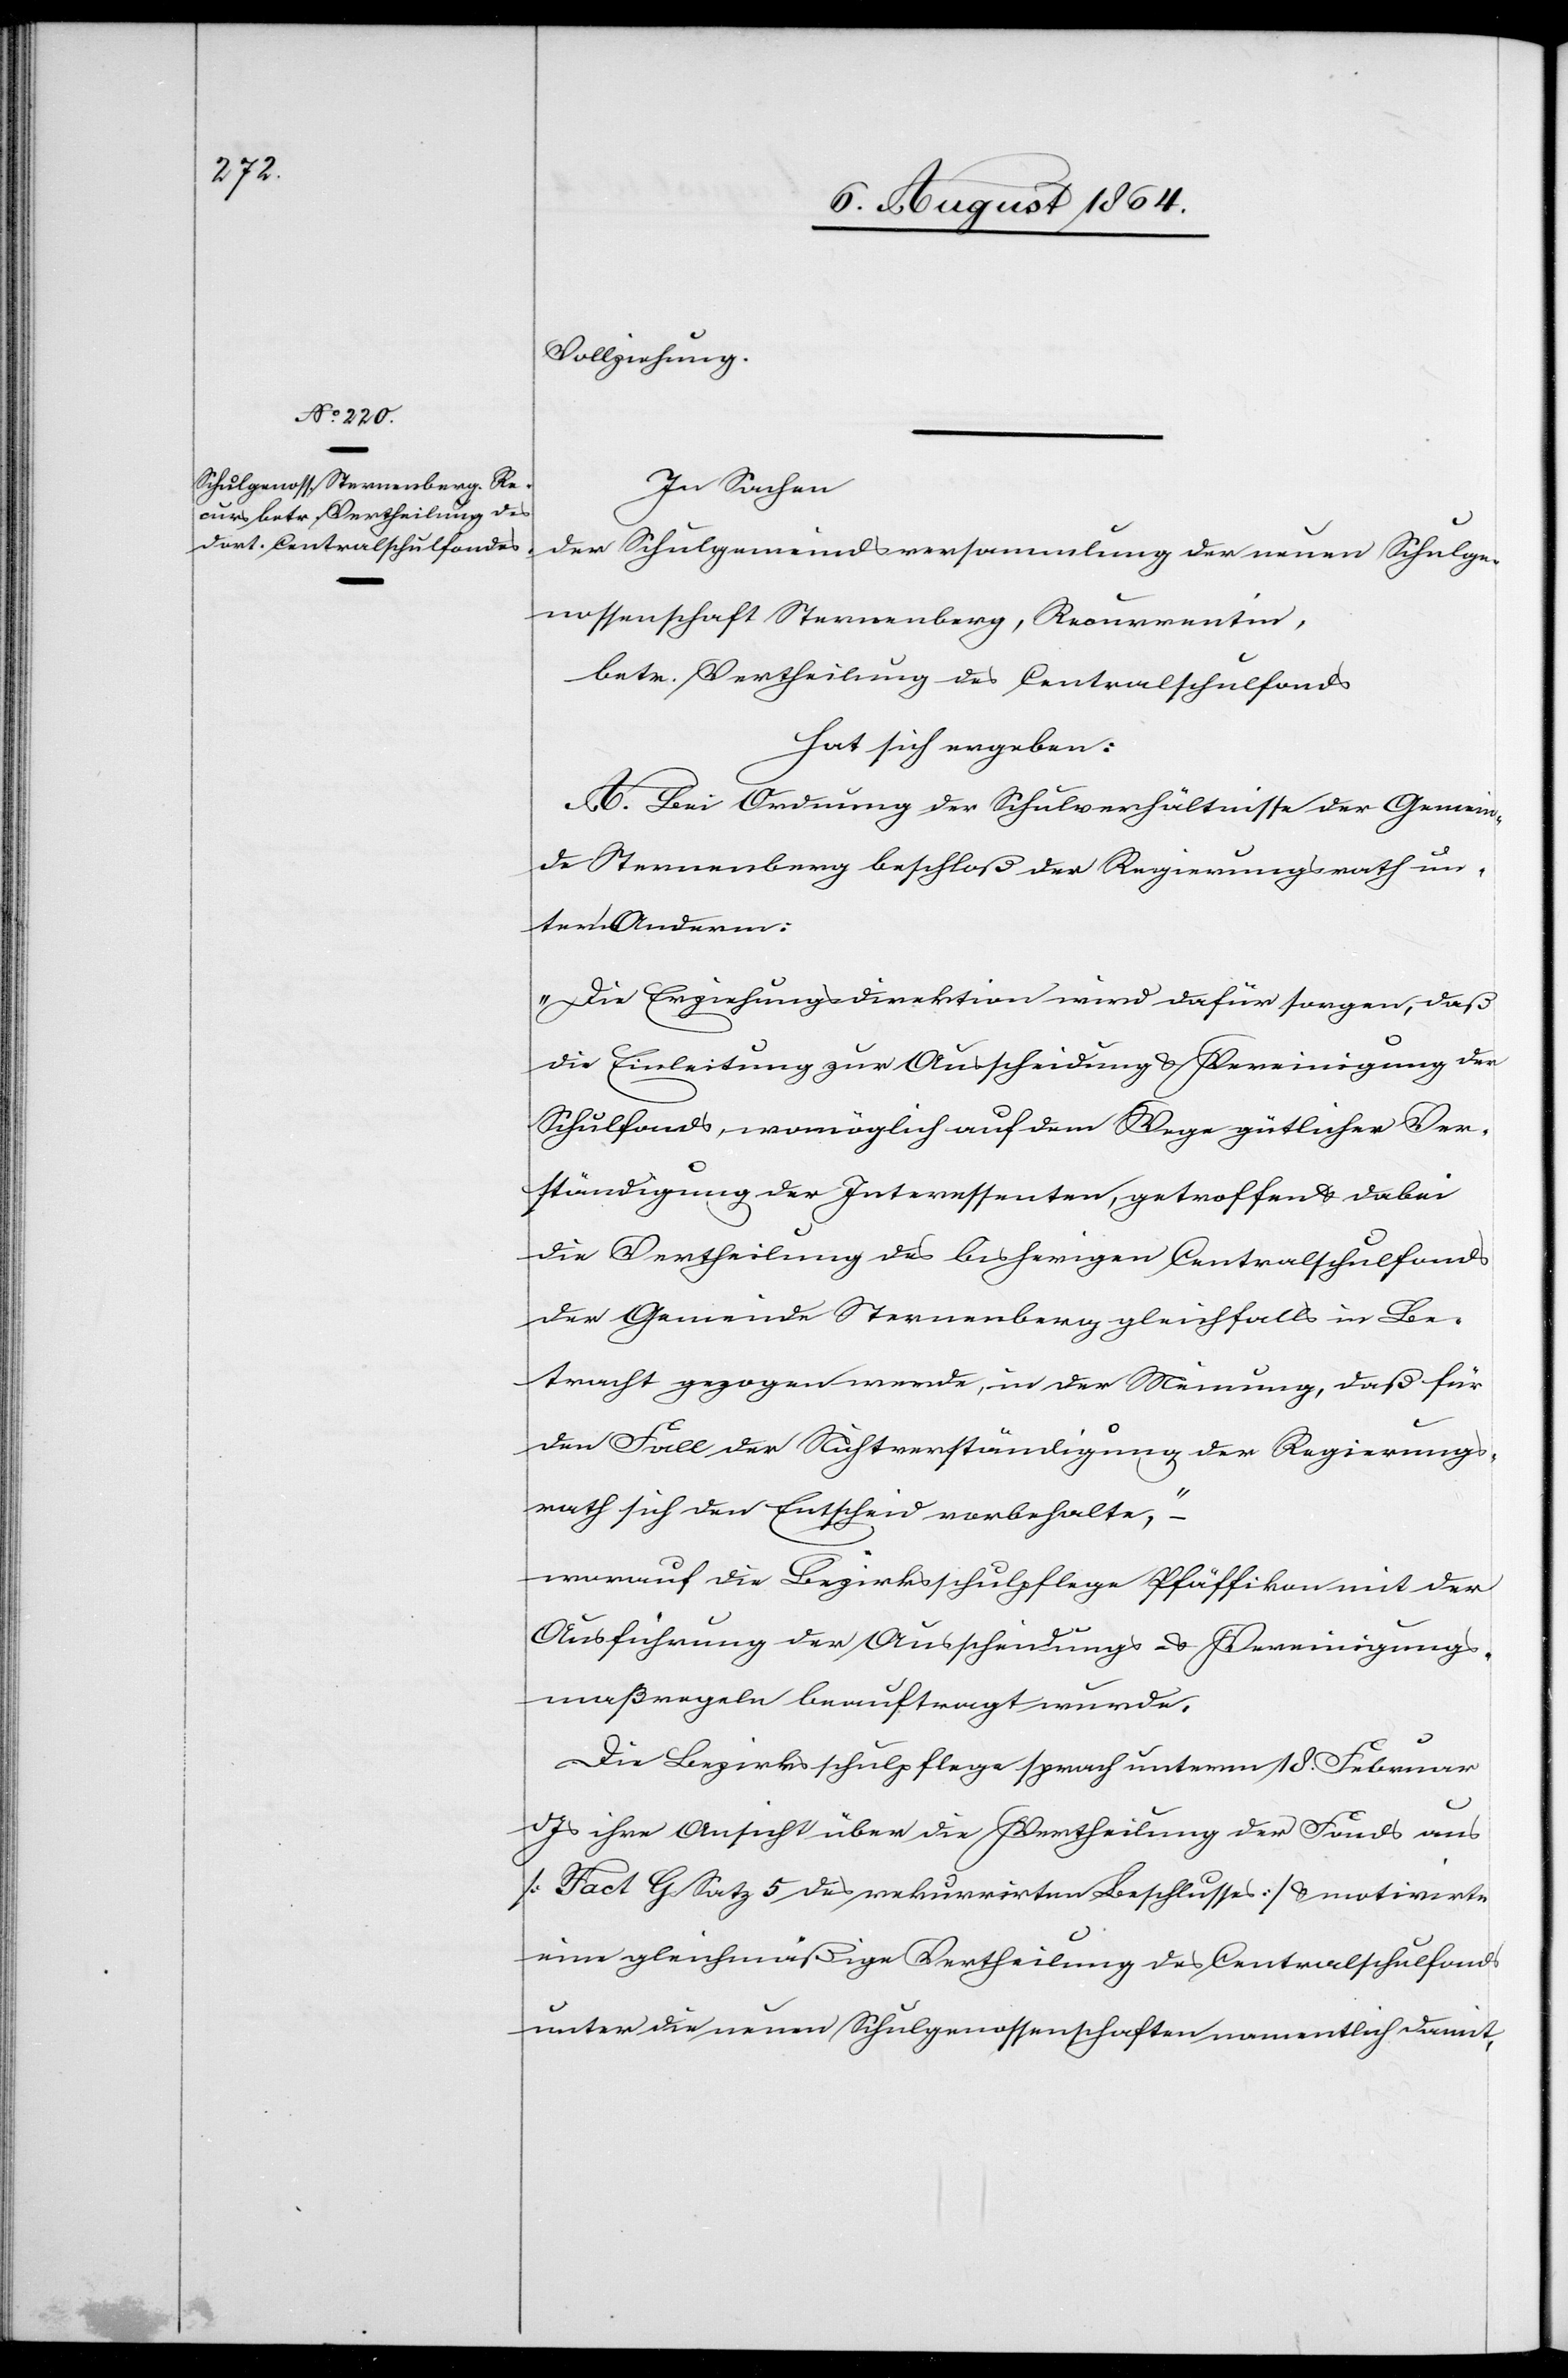
Vollziehung.
In Sachen
der Schulgemeindeversammlung der neuen Schulge¬
nossenschaft Sternenberg, Recurrentin,
betr. Vertheilung des Centralschulfonds.
hat sich ergeben:
A. Bei Aenderung der Schulverhältnisse der Gemein¬
de Sternenberg beschloß der Regierungsrath un¬
ter Anderm:
„Die Erziehungsdirektion wird dafür sorgen, daß
die Einleitung zur Ausscheidung & Vereinigung der
Schulfonds, womöglich auf dem Wege gütlicher Ver¬
ständigung der Interessenten, getroffen & dabei
die Vertheilung des bisherigen Centralschulfonds
der Gemeinde Sternenberg gleichfalls in Be¬
tracht gezogen werde, in der Meinung, daß für
den Fall der Nichtverständigung der Regierungs¬
rath sich den Entscheid vorbehält,“
worauf die Bezirksschulpflege Pfäffikon mit der
Ausführung der Ausscheidungs- & Vereinigungs¬
maßregeln beauftragt wurde.
Die Bezirksschulpflege sprach unterm 18. Februar
d.
Js. ihre Ansicht über die Vertheilung der Fonds aus
[Fact G Satz 5 des rekurrirten Beschlusses] & motivirte
eine gleichmäßige Vertheilung des Centralschulfonds
unter die neuen Schulgenossenschaften namentlich damit,